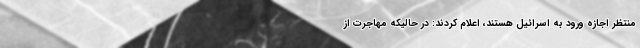
منتظر اجازه ورود به اسرائیل هستند، اعلام کردند: در حالیکه مهاجرت از